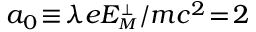
a _ { 0 } \! \equiv \! \lambda e E _ { \scriptscriptstyle M } ^ { \scriptscriptstyle \perp } / m c ^ { 2 } \! = \! 2